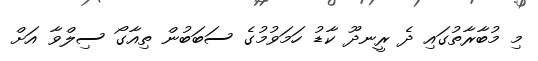
މި މުބާރާތުގައި ދެ ރީނދޫ ކާޑު ހަމަވުމުގެ ސަބަބުން ތިއާގޯ ސިލްވާ އަށް